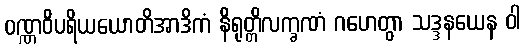
ဝဏ္ဏဝိပရိယယောတိအာဒိကံ နိရုတ္တိလက္ခဏံ ဂဟေတွာ သဒ္ဒနယေန ဝါ